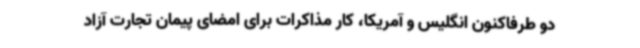
دو طرفاکنون انگلیس و آمریکا، کار مذاکرات برای امضای پیمان تجارت آزاد